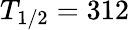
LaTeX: T_{1/2}=312